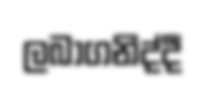
ලබාගනිද්දී